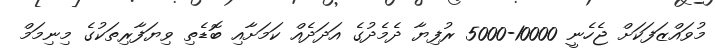
މުވައްޒަފަކަށް ޖެހެނީ 10000-5000 ރުފިޔާ ދެމެދުގެ އަދަދެއް ކަމަށާއި ބޮޑެތި ވިޔަފާރިތަކުގެ މިނިމަމް